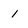
Character: 1